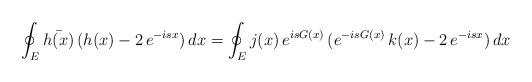
LaTeX: \begin{align*}\oint_E\bar{h(x)}\,(h(x)-2\,e^{-isx})\,dx=\oint_Ej(x)\,e^{isG(x)}\,(e^{-isG(x)}\,k(x)-2\,e^{-isx})\,dx\end{align*}